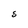
Character: S